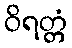
ဝိရတ္တံ